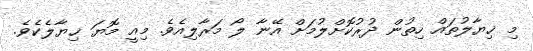
މި ޚިޔާލުތައް ހިތުން ދުރުކޮށްލުމަށް އޭނާ ލޯ މަރާލިއެވެ. މިއީ މޮޔަ ޚިޔާލެކެވެ.